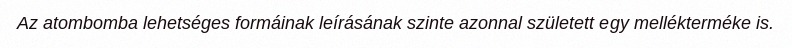
Az atombomba lehetséges formáinak leírásának szinte azonnal született egy mellékterméke is.